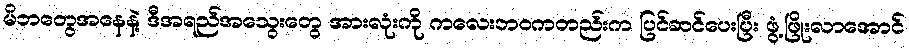
မိဘတွေအနေနဲ့ ဒီအရည်အသွေးတွေ အားလုံးကို ကလေးဘဝကတည်းက ပြင်ဆင်ပေးပြီး ဖွံ့ဖြိုးလာအောင်